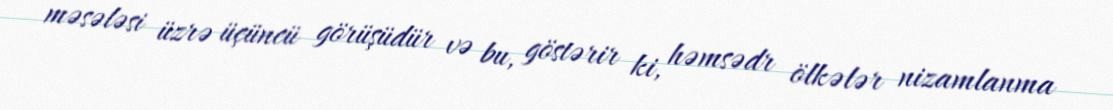
məsələsi üzrə üçüncü görüşüdür və bu, göstərir ki, həmsədr ölkələr nizamlanma